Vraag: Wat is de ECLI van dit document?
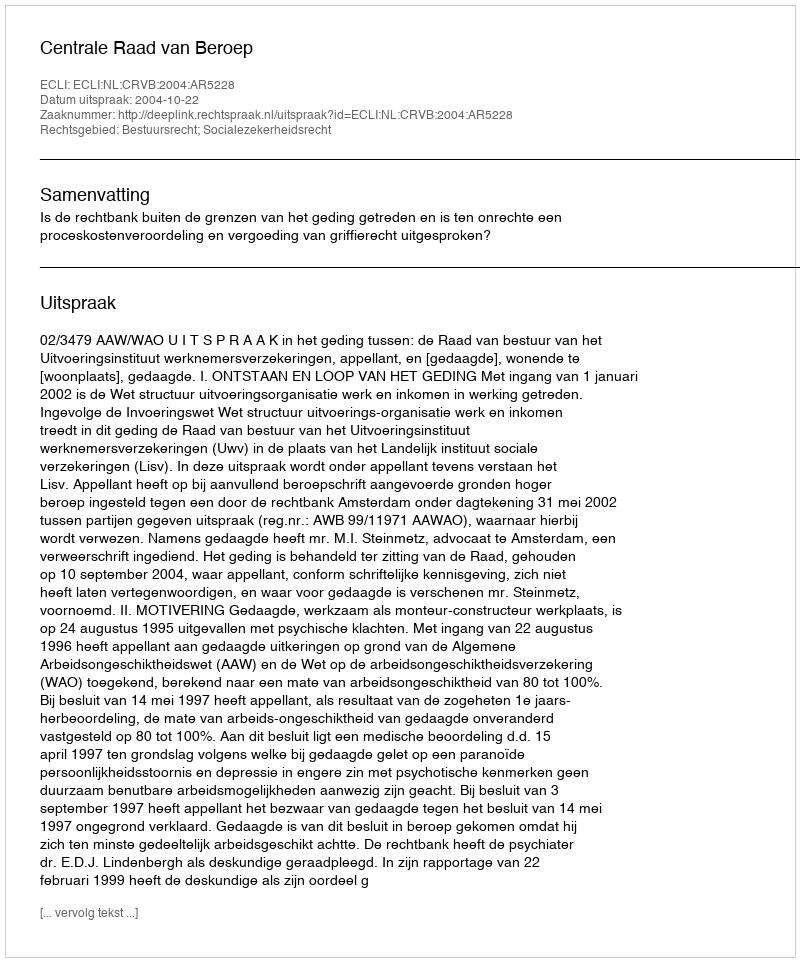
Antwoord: ECLI:NL:CRVB:2004:AR5228